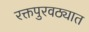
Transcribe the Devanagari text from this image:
रक्तपुरवठ्यात